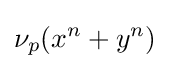
\nu _{p}(x^{n}+y^{n})